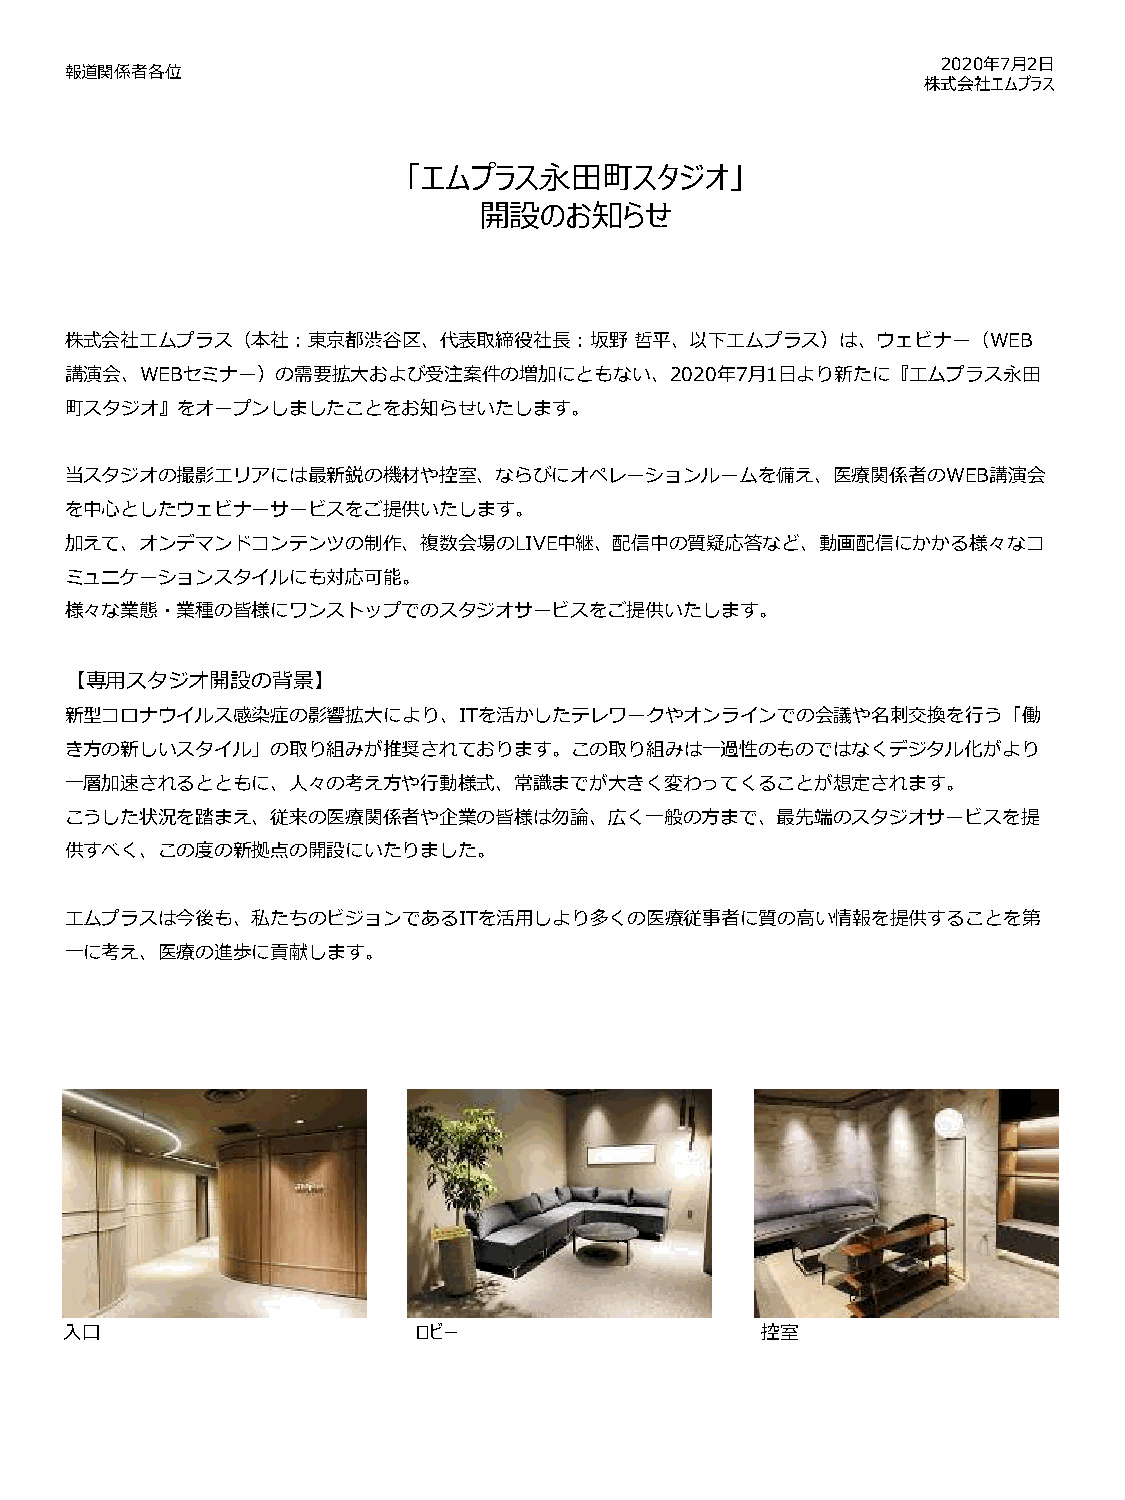
2020年7月2日
 報道関係者各位
 株式会社エムプラス
 「エムプラス永田町スタジオ」
 開設のお知らせ
 株式会社エムプラス（本社：東京都渋谷区、代表取締役社長：坂野哲平、以下エムプラス）は、ウェビナー（WEB
 講演会、WEBセミナー）の需要拡大および受注案件の増加にともない、2020年7月1日より新たに『エムプラス永田
 町スタジオ』をオープンしましたことをお知らせいたします。
 当スタジオの撮影エリアには最新鋭の機材や控室、ならびにオペレーションルームを備え、医療関係者のWEB講演会
 を中心としたウェビナーサービスをご提供いたします。
 加えて、オンデマンドコンテンツの制作、複数会場のLIVE中継、配信中の質疑応答など、動画配信にかかる様々なコ
 ミュニケーションスタイルにも対応可能。
 様々な業態・業種の皆様にワンストップでのスタジオサービスをご提供いたします。
 【専用スタジオ開設の背景】
 新型コロナウイルス感染症の影響拡大により、ITを活かしたテレワークやオンラインでの会議や名刺交換を行う「働
 き方の新しいスタイル」の取り組みが推奨されております。この取り組みは一過性のものではなくデジタル化がより
 一層加速されるとともに、人々の考え方や行動様式、常識までが大きく変わってくることが想定されます。
 こうした状況を踏まえ、従来の医療関係者や企業の皆様は勿論、広く一般の方まで、最先端のスタジオサービスを提
 供すべく、この度の新拠点の開設にいたりました。
 エムプラスは今後も、私たちのビジョンであるITを活用しより多くの医療従事者に質の高い情報を提供することを第
 一に考え、医療の進歩に貢献します。
 入口                      ロビー                   控室